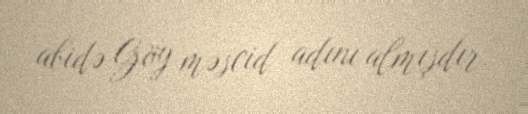
abidə Göy məscid adını almışdır.